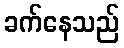
ခက်နေသည်